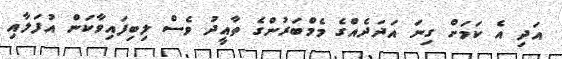
އަދި އެ ކަމަށް ގިނަ އަދަދެއްގެ މެމްބަރުންގެ ތާއީދު ވެސް ލިބިފައިވާކަން އުފަލާއި